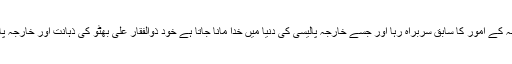
ہینری کسنجر جو کہ امریکی شعبہ خارجہ کے امور کا سابق سربراہ رہا اور جسے خارجہ پالیسی کی دنیا میں خدا مانا جاتا ہے خود ذوالفقار علی بھٹو کی ذہانت اور خارجہ پالیسی میں مہارت کا بہت بڑا پرستار تھا۔